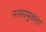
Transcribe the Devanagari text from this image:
नासामुक्ता